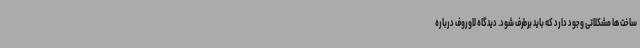
ساخت ها مشکلاتی وجود دارد که باید برطرف شود. دیدگاه لاوروف درباره